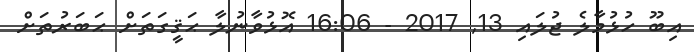
އިބޫ ހުޅުމާލެ ޖުލައި 13